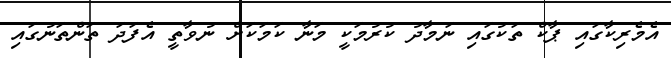
އެމެރިކާގައި ޕާކް ތަކުގައި ނަމާދު ކުރުމަކީ މަނާ ކަމަކަށް ނުވާތީ އެފަދަ ތަންތަނުގައި